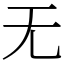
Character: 无